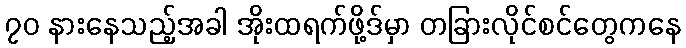
၇၀ နားနေသည့်အခါ အိုးထရက်ဖို့ဒ်မှာ တခြားလိုင်စင်တွေကနေ